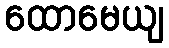
ထောမေယျ